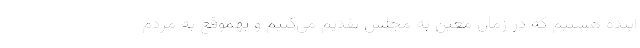
آینده هستیم که در زمان معین به مجلس تقدیم می‌کنیم و بهموقع به مردم